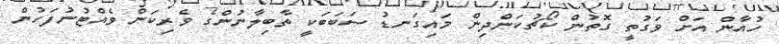
ހުއާން އަށް ވަގުތީ ގޮތުން ކޯޗުކަންދިން މައިގަނޑު ސަބަބަކީ ތާބިލާނުންގެ ވެރިކަން ވެއްޓުނުފަހުން